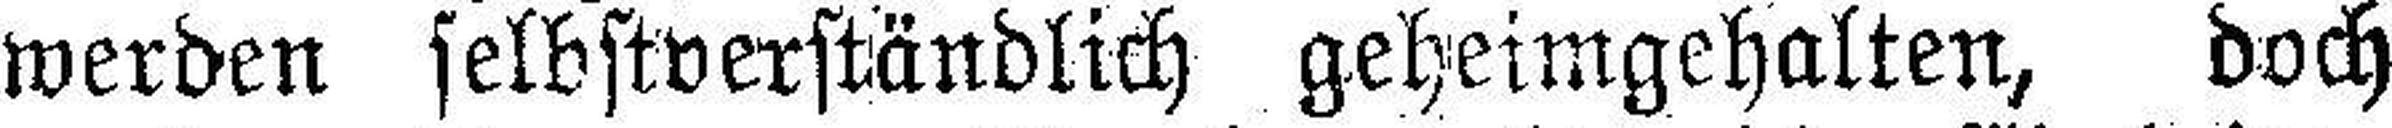
werden selbstverständlich geheimgehalten, doch